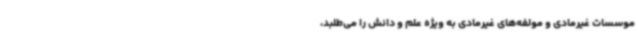
موسسات غیرمادی و مولفه‌های غیرمادی به ویژه علم و دانش را می‌طلبد،